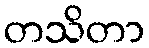
တသိတာ